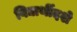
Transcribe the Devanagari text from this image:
विद्यार्थीदशे